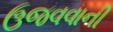
ઉજવવાની